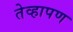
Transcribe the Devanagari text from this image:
तेव्हापण